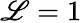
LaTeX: \mathscr{L}=1